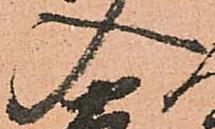
入